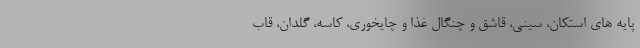
پایه های استکان، سینی، قاشق و چنگال غذا و چایخوری، کاسه، گلدان، قاب